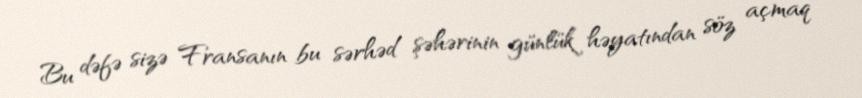
Bu dəfə sizə Fransanın bu sərhəd şəhərinin günlük həyatından söz açmaq